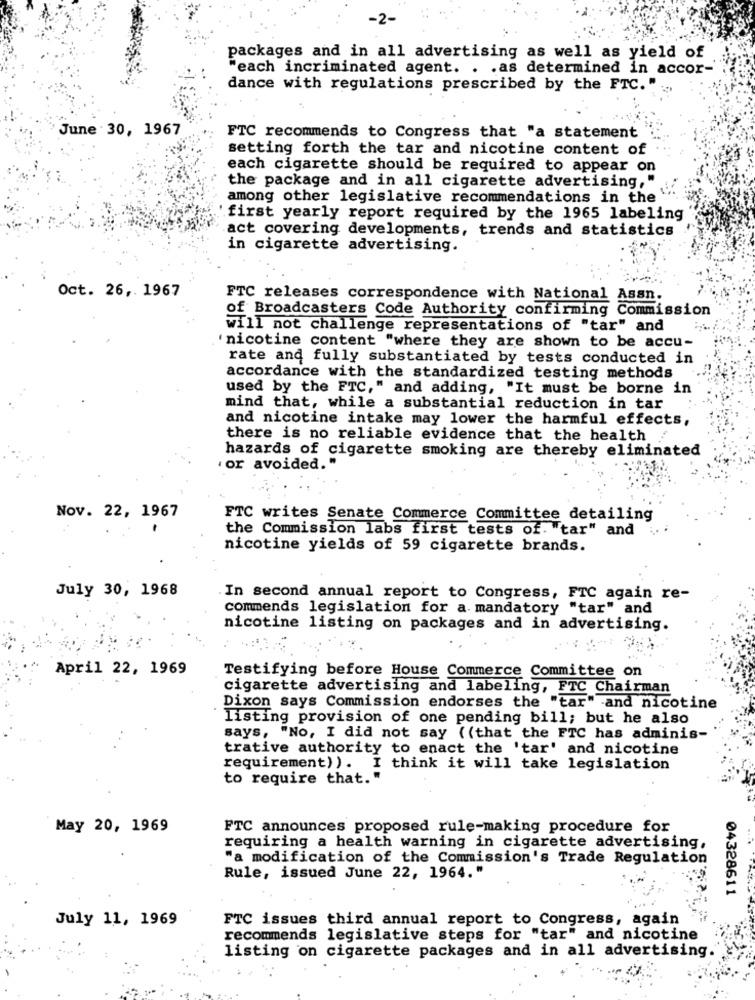
packages and in all advertising as well as yield of
"each incriminated agent. . . as determined in accor-'
dance with regulations prescribed by the FTC. "
June : 30, 1967
FTC recommends to Congress that "a statement
setting forth the tar and nicotine content of
each cigarette should be required to appear on
the package and in all cigarette advertising,"
among other legislative recommendations in the
first yearly report required by the 1965 labeling
act covering developments, trends and statistics
in cigarette advertising.
Oct. 26, 1967
FTC releases correspondence with National Assn.
of Broadcasters Code Authority confirming Commission
will not challenge representations of "tar" and
'nicotine content "where they are shown to be accu-
rate and fully substantiated by tests conducted in
accordance with the standardized testing methods
used by the FTC," and adding, "It must be borne in
mind that, while a substantial reduction in tar
and nicotine intake may lower the harmful effects,
there is no reliable evidence that the health
hazards of cigarette smoking are thereby eliminated
' or avoided."
Nov. 22, 1967
FTC writes Senate Commerce Committee detailing
the Commission labs first tests of. "tar" and
nicotine yields of 59 cigarette brands.
July 30, 1968
In second annual report to Congress, FTC again re-
commends legislation for a mandatory "tar" and
nicotine listing on packages and in advertising.
April 22, 1969
Testifying before House Commerce Committee on
cigarette advertising and labeling, FTC Chairman
Dixon says Commission endorses the "tar" and nicotine
listing provision of one pending bill; but he also
says, "No, I did not say ((that the FTC has adminis-
trative authority to enact the 'tar' and nicotine
requirement) ). I think it will take legislation
to require that. "
May 20, 1969
FTC announces proposed rule-making procedure for
requiring a health warning in cigarette advertising,
"a modification of the Commission's Trade Regulation
Rule, issued June 22, 1964."
04328611
July 11, 1969
FTC issues third annual report to Congress, again
recommends legislative steps for "tar" and nicotine
listing on cigarette packages and in all advertising.